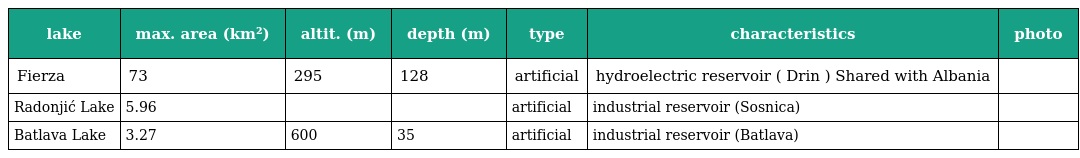
| lake | max. area (km²) | altit. (m) | depth (m) | type | characteristics | photo |
 | --- | --- | --- | --- | --- | --- | --- |
 | Fierza | 73 | 295 | 128 | artificial | hydroelectric reservoir ( Drin ) Shared with Albania |  |
 | Radonjić Lake | 5.96 |  |  | artificial | industrial reservoir (Sosnica) |  |
 | Batlava Lake | 3.27 | 600 | 35 | artificial | industrial reservoir (Batlava) |  |